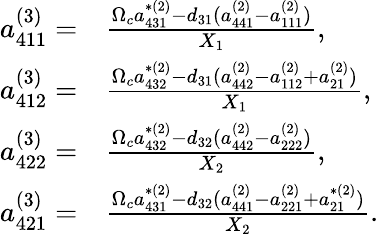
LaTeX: \begin{array}{rl}{a_{411}^{(3)}=}&{\frac{\Omega_{c}a_{431}^{\ast(2)}-d_{31}(a_{441}^{(2)}-a_{111}^{(2)})}{X_{1}},}\\ {a_{412}^{(3)}=}&{\frac{\Omega_{c}a_{432}^{\ast(2)}-d_{31}(a_{442}^{(2)}-a_{112}^{(2)}+a_{21}^{(2)})}{X_{1}},}\\ {a_{422}^{(3)}=}&{\frac{\Omega_{c}a_{432}^{\ast(2)}-d_{32}(a_{442}^{(2)}-a_{222}^{(2)})}{X_{2}},}\\ {a_{421}^{(3)}=}&{\frac{\Omega_{c}a_{431}^{\ast(2)}-d_{32}(a_{441}^{(2)}-a_{221}^{(2)}+a_{21}^{\ast(2)})}{X_{2}}.}\end{array}